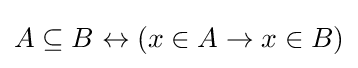
A\subseteq B\leftrightarrow (x\in A\rightarrow x\in B)